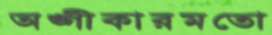
অঙ্গীকারমতো